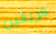
فريقين